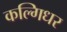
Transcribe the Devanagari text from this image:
कल्गिधर